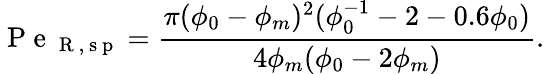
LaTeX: \mathrm{~P~e~}_{\mathrm{~R~,~s~p~}}=\frac{\pi(\phi_{0}-\phi_{m})^{2}(\phi_{0}^{-1}-2-0.6\phi_{0})}{4\phi_{m}(\phi_{0}-2\phi_{m})}.